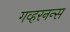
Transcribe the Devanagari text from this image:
गव्हरनन्स